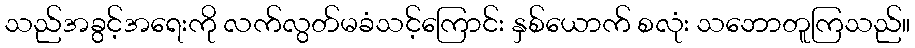
သည်အခွင့်အရေးကို လက်လွတ်မခံသင့်ကြောင်း နှစ်ယောက် စလုံး သဘောတူကြသည်။